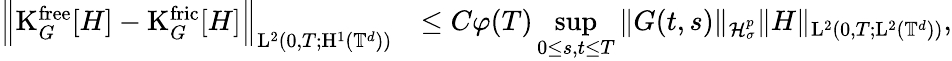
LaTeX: \begin{array}{rl}{\Big\Vert\mathrm{K}_{G}^{\mathrm{free}}[H]-\mathrm{K}_{G}^{\mathrm{fric}}[H]\Big\Vert_{\mathrm{L}^{2}(0,T;\mathrm{H}^{1}(\mathbb T^{d}))}}&{\leq C\varphi(T)\underset{0\leq s,t\leq T}{\operatorname*{sup}}\Vert G(t,s)\Vert_{\mathcal{H}_{\sigma}^{p}}\Vert H\Vert_{\mathrm{L}^{2}(0,T;\mathrm{L}^{2}(\mathbb T^{d}))},}\end{array}